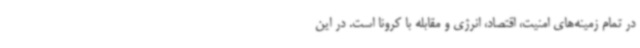
در تمام زمینه‌های امنیت، اقتصاد، انرژی و مقابله با کرونا است. در این